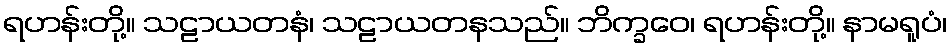
ရဟန်းတို့။ သဠာယတနံ၊ သဠာယတနသည်။ ဘိက္ခဝေ၊ ရဟန်းတို့။ နာမရူပံ၊